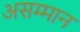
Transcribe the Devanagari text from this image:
असम्मान